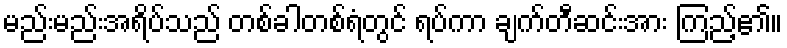
မည်းမည်းအရိပ်သည် တစ်ခါတစ်ရံတွင် ရပ်ကာ ချက်တီဆင်းအား ကြည့်၏။